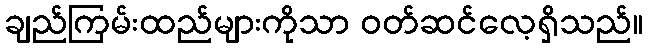
ချည်ကြမ်းထည်များကိုသာ ဝတ်ဆင်လေ့ရှိသည်။